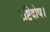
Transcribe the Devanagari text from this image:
दृष्टिदोष।